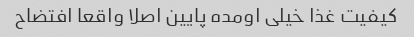
کیفیت غذا خیلی اومده پایین اصلا واقعا افتضاح